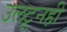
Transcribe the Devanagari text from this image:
उलटूनही